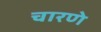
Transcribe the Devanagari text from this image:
चारणे